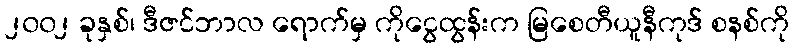
၂၀၀၂ ခုနှစ်၊ ဒီဇင်ဘာလ ရောက်မှ ကိုငွေထွန်းက မြစေတီယူနီကုဒ် စနစ်ကို